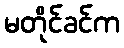
မတိုင်ခင်က